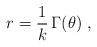
LaTeX: \begin{align*}r = \frac{1}{k} \,\Gamma(\theta) \;,\end{align*}